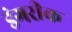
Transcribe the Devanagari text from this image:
डंगरीक